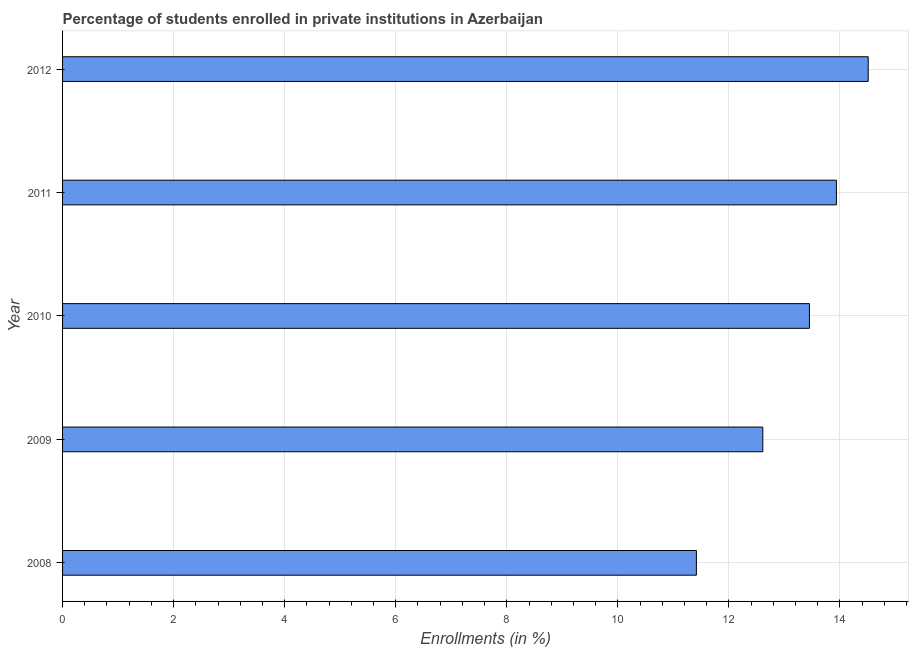
| Year | Enrollments |
 | --- | --- |
 | 2008 | 11.4 |
 | 2009 | 12.6 |
 | 2010 | 13.4 |
 | 2011 | 13.9 |
 | 2012 | 14.5 |